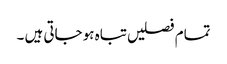
تمام فصلیں تباہ ہو جاتی ہیں ۔